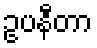
ဥပနီတာ